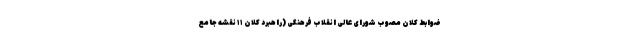
ضوابط کلان مصوب شورای عالی انقلاب فرهنگی (راهبرد کلان ۱۱ نقشه جامع